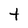
Character: t